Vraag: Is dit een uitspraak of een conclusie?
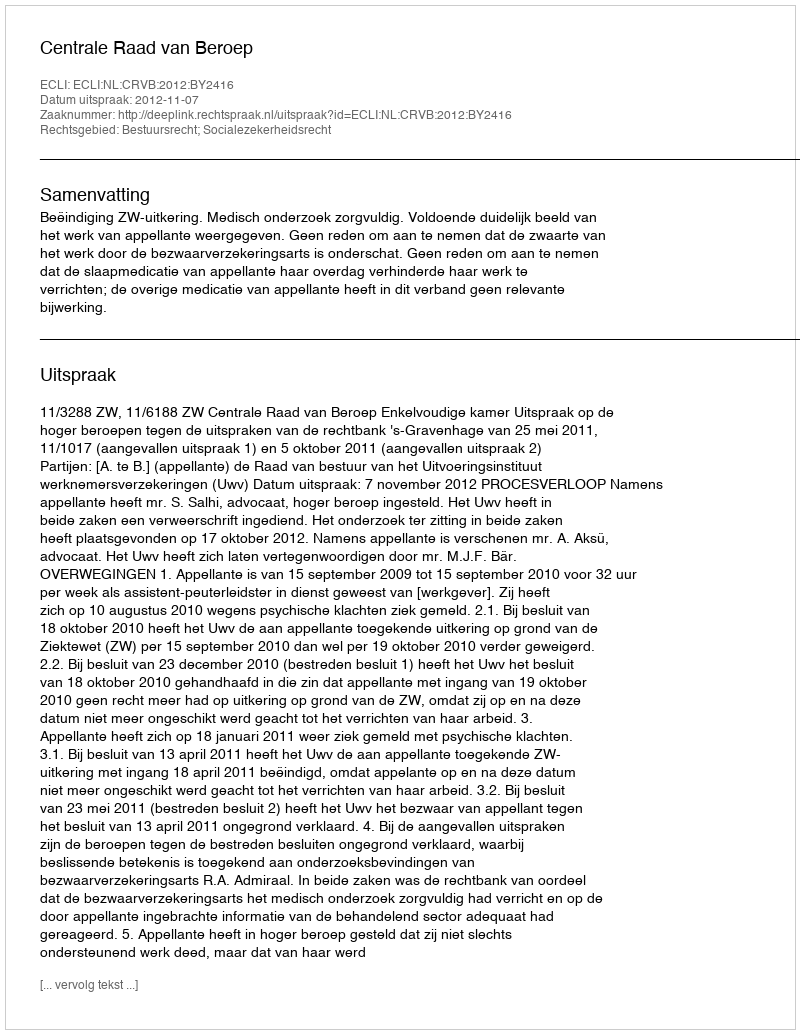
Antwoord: Uitspraak